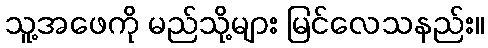
သူ့အဖေကို မည်သို့များ မြင်လေသနည်း။